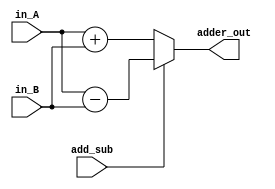
module L1_ALU(input [15:0] in_A,
			  input [15:0] in_B,
			  input add_sub,
			  output reg [15:0] adder_out);

	always@(*)
	begin
	
		if(add_sub == 0) //0 means add
		begin
			adder_out <= in_A + in_B;
		end
		
		else
		begin
			adder_out <= in_A - in_B;
		end
		
	end
	
endmodule